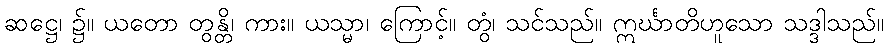
ဆဋ္ဌေ၊ ၌။ ယတော တွန္တိ၊ ကား။ ယသ္မာ၊ ကြောင့်။ တွံ၊ သင်သည်။ ဣင်္ဃာတိဟူသော သဒ္ဒါသည်။